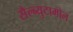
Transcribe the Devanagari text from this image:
सैल्ब्युटामोल